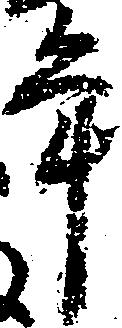
年